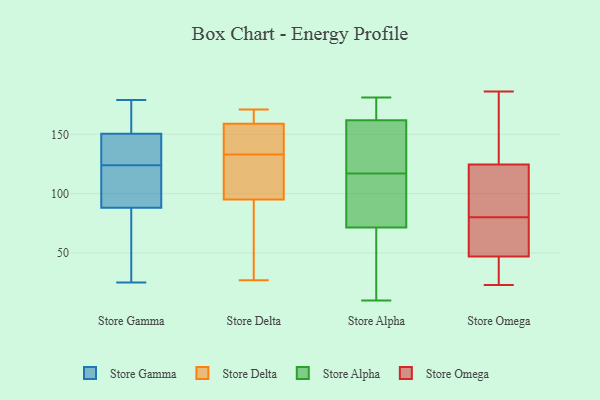
{"axis": {"x": "LTV (USD)", "y": "Value"}, "legend": ["Store Alpha", "Store Delta", "Store Gamma", "Store Omega"], "data": [{"x": "", "y": 153, "type": "Store Gamma"}, {"x": "", "y": 37, "type": "Store Gamma"}, {"x": "", "y": 108, "type": "Store Gamma"}, {"x": "", "y": 103, "type": "Store Gamma"}, {"x": "", "y": 151, "type": "Store Gamma"}, {"x": "", "y": 141, "type": "Store Gamma"}, {"x": "", "y": 138, "type": "Store Gamma"}, {"x": "", "y": 91, "type": "Store Gamma"}, {"x": "", "y": 25, "type": "Store Gamma"}, {"x": "", "y": 117, "type": "Store Gamma"}, {"x": "", "y": 179, "type": "Store Gamma"}, {"x": "", "y": 131, "type": "Store Gamma"}, {"x": "", "y": 164, "type": "Store Gamma"}, {"x": "", "y": 25, "type": "Store Gamma"}, {"x": "", "y": 156, "type": "Store Gamma"}, {"x": "", "y": 85, "type": "Store Gamma"}, {"x": "", "y": 91, "type": "Store Gamma"}, {"x": "", "y": 142, "type": "Store Gamma"}, {"x": "", "y": 30, "type": "Store Gamma"}, {"x": "", "y": 150, "type": "Store Gamma"}, {"x": "", "y": 95, "type": "Store Delta"}, {"x": "", "y": 39, "type": "Store Delta"}, {"x": "", "y": 159, "type": "Store Delta"}, {"x": "", "y": 122, "type": "Store Delta"}, {"x": "", "y": 133, "type": "Store Delta"}, {"x": "", "y": 137, "type": "Store Delta"}, {"x": "", "y": 95, "type": "Store Delta"}, {"x": "", "y": 107, "type": "Store Delta"}, {"x": "", "y": 159, "type": "Store Delta"}, {"x": "", "y": 167, "type": "Store Delta"}, {"x": "", "y": 134, "type": "Store Delta"}, {"x": "", "y": 171, "type": "Store Delta"}, {"x": "", "y": 27, "type": "Store Delta"}, {"x": "", "y": 117, "type": "Store Alpha"}, {"x": "", "y": 78, "type": "Store Alpha"}, {"x": "", "y": 26, "type": "Store Alpha"}, {"x": "", "y": 10, "type": "Store Alpha"}, {"x": "", "y": 154, "type": "Store Alpha"}, {"x": "", "y": 98, "type": "Store Alpha"}, {"x": "", "y": 161, "type": "Store Alpha"}, {"x": "", "y": 73, "type": "Store Alpha"}, {"x": "", "y": 108, "type": "Store Alpha"}, {"x": "", "y": 67, "type": "Store Alpha"}, {"x": "", "y": 41, "type": "Store Alpha"}, {"x": "", "y": 181, "type": "Store Alpha"}, {"x": "", "y": 166, "type": "Store Alpha"}, {"x": "", "y": 130, "type": "Store Alpha"}, {"x": "", "y": 164, "type": "Store Alpha"}, {"x": "", "y": 123, "type": "Store Alpha"}, {"x": "", "y": 180, "type": "Store Alpha"}, {"x": "", "y": 111, "type": "Store Omega"}, {"x": "", "y": 53, "type": "Store Omega"}, {"x": "", "y": 45, "type": "Store Omega"}, {"x": "", "y": 31, "type": "Store Omega"}, {"x": "", "y": 129, "type": "Store Omega"}, {"x": "", "y": 81, "type": "Store Omega"}, {"x": "", "y": 186, "type": "Store Omega"}, {"x": "", "y": 65, "type": "Store Omega"}, {"x": "", "y": 132, "type": "Store Omega"}, {"x": "", "y": 72, "type": "Store Omega"}, {"x": "", "y": 34, "type": "Store Omega"}, {"x": "", "y": 86, "type": "Store Omega"}, {"x": "", "y": 23, "type": "Store Omega"}, {"x": "", "y": 80, "type": "Store Omega"}, {"x": "", "y": 111, "type": "Store Omega"}, {"x": "", "y": 158, "type": "Store Omega"}, {"x": "", "y": 37, "type": "Store Omega"}, {"x": "", "y": 76, "type": "Store Omega"}, {"x": "", "y": 141, "type": "Store Omega"}]}